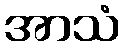
အာသံ